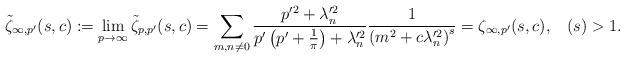
LaTeX: \begin{align*}\tilde{\zeta}_{\infty,p^{\prime}}(s,c):=\lim_{p\rightarrow\infty}\tilde{\zeta}_{p,p^{\prime}}(s,c)=\sum_{m,n\neq0}\frac{p^{\prime2}+\lambda_{n}^{\prime2}}{p^{\prime}\left(p^{\prime}+\frac{1}{\pi}\right)+\lambda_{n}^{\prime2}}\frac{1}{\left(m^{2}+c\lambda_{n}^{\prime2}\right)^{s}}=\zeta_{\infty,p^{\prime}}(s,c),\,\,\,\,\,(s)>1.\end{align*}